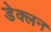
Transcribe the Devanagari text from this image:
डेक्लन